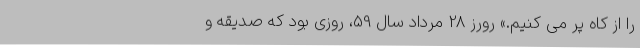
را از کاه پر می کنیم.» رورز 28 مرداد سال 59، روزی بود که صدیقه و